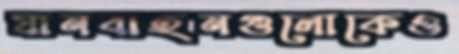
যানবাহনগুলোকেও